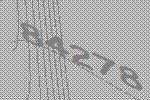
84278